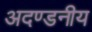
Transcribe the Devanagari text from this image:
अदण्डनीय